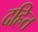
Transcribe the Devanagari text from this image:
दहित